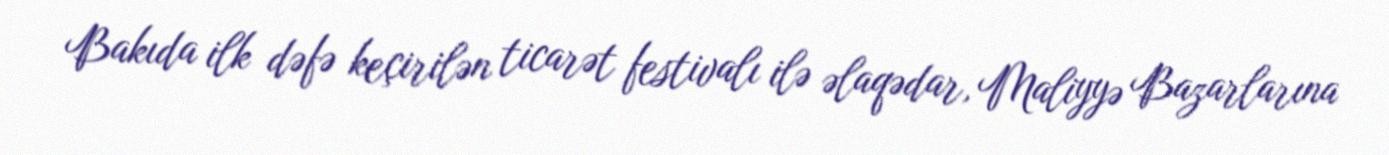
Bakıda ilk dəfə keçirilən ticarət festivalı ilə əlaqədar, Maliyyə Bazarlarına